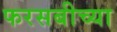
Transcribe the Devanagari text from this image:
फरसबीच्या